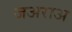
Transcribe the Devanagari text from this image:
जअराअ